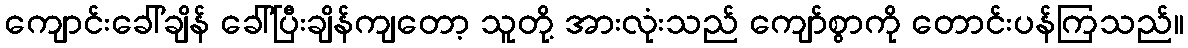
ကျောင်းခေါ်ချိန် ခေါ်ပြီးချိန်ကျတော့ သူတို့ အားလုံးသည် ကျော်စွာကို တောင်းပန်ကြသည်။